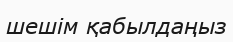
шешім қабылдаңыз